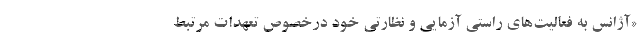
«آژانس به فعالیت‌های راستی آزمایی و نظارتی خود درخصوص تعهدات مرتبط